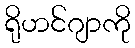
ရိုဟင်ဂျာကို